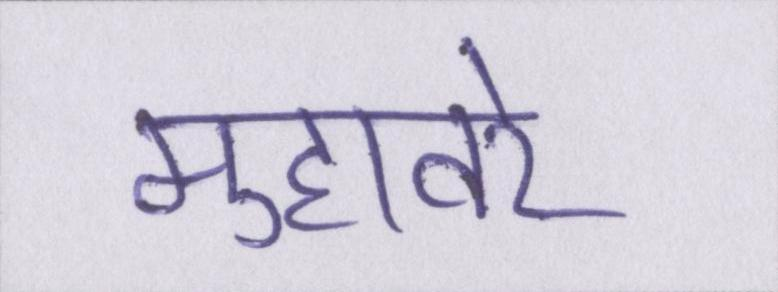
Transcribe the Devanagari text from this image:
मुहावरे